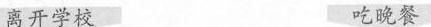
离开学校 吃晚餐